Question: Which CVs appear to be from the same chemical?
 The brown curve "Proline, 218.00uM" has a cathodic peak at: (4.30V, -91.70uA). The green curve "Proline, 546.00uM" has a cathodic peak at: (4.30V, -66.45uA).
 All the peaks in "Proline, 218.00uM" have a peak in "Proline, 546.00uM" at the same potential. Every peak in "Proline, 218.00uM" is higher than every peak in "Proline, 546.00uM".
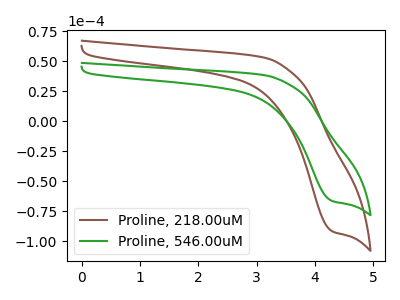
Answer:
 <answer>"Proline, 546.00uM" and "Proline, 218.00uM" have the same shape and are likely CV's of the same chemical.</answer>
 <eval>"Proline, 546.00uM" "Proline, 218.00uM"</eval>